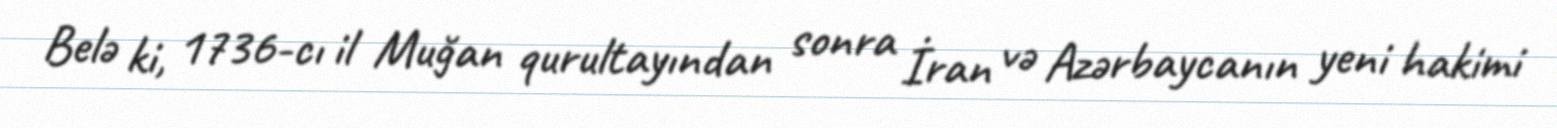
Belə ki, 1736-cı il Muğan qurultayından sonra İran və Azərbaycanın yeni hakimi